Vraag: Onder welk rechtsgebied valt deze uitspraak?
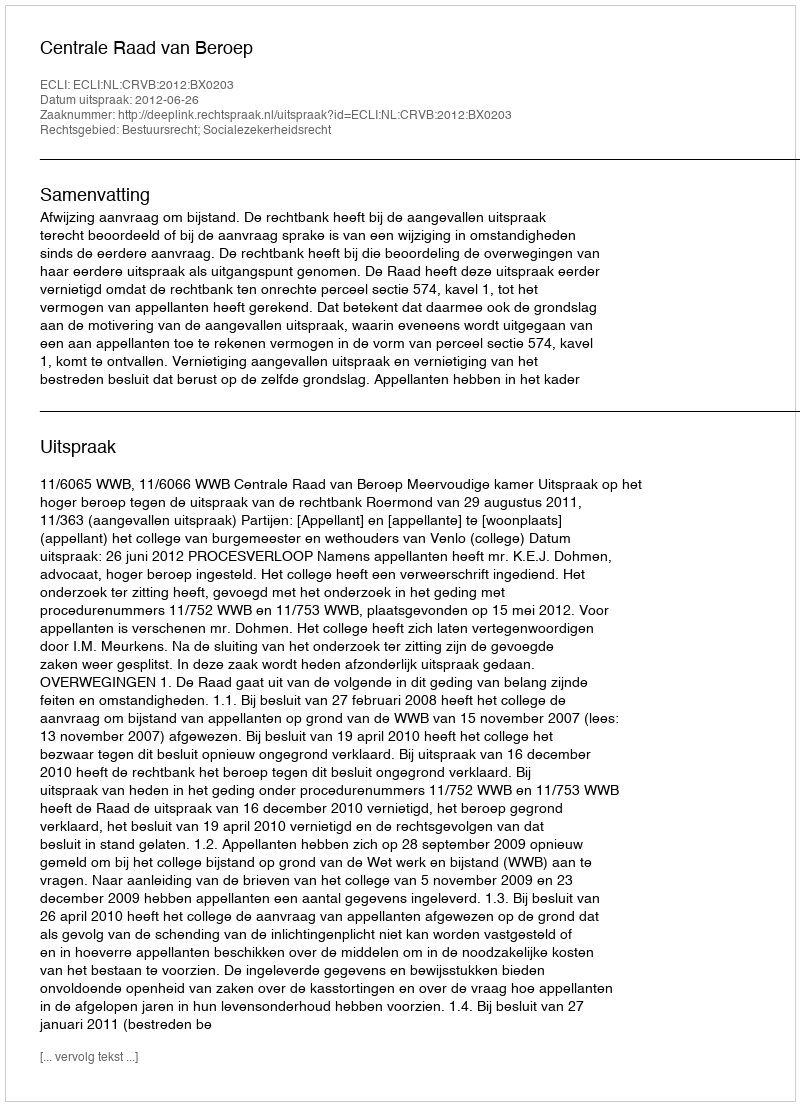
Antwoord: Bestuursrecht; Socialezekerheidsrecht